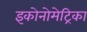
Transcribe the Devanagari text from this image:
इकोनोमेट्रिका